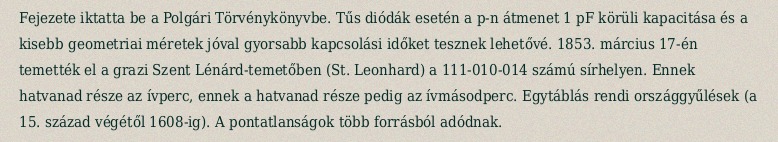
Fejezete iktatta be a Polgári Törvénykönyvbe. Tűs diódák esetén a p-n átmenet 1 pF körüli kapacitása és a kisebb geometriai méretek jóval gyorsabb kapcsolási időket tesznek lehetővé. 1853. március 17-én temették el a grazi Szent Lénárd-temetőben (St. Leonhard) a 111-010-014 számú sírhelyen. Ennek hatvanad része az ívperc, ennek a hatvanad része pedig az ívmásodperc. Egytáblás rendi országgyűlések (a 15. század végétől 1608-ig). A pontatlanságok több forrásból adódnak.